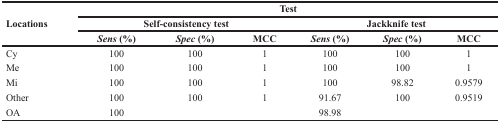
<table><thead><tr><td rowspan="3"><b>Locations</b></td><td colspan="6"><b>Test</b></td></tr><tr><td colspan="3"><b>Self-consistency test</b></td><td colspan="3"><b>Jackknife test</b></td></tr><tr><td><b><i>Sens</i> (%)</b></td><td><b><i>Spec</i> (%)</b></td><td><b>MCC</b></td><td><b><i>Sens</i> (%)</b></td><td><b><i>Spec</i> (%)</b></td><td><b>MCC</b></td></tr></thead><tbody><tr><td>Cy</td><td>100</td><td>100</td><td>1</td><td>100</td><td>100</td><td>1</td></tr><tr><td>Me</td><td>100</td><td>100</td><td>1</td><td>100</td><td>100</td><td>1</td></tr><tr><td>Mi</td><td>100</td><td>100</td><td>1</td><td>100</td><td>98.82</td><td>0.9579</td></tr><tr><td>Other</td><td>100</td><td>100</td><td>1</td><td>91.67</td><td>100</td><td>0.9519</td></tr><tr><td>OA</td><td>100</td><td></td><td></td><td>98.98</td><td></td><td></td></tr></tbody></table>